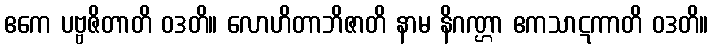
ဧကေ ပဗ္ဗဇိတာတိ ဝဒတိ။ လောဟိတာဘိဇာတိ နာမ နိဂဏ္ဌာ ဧကသာဋကာတိ ဝဒတိ။